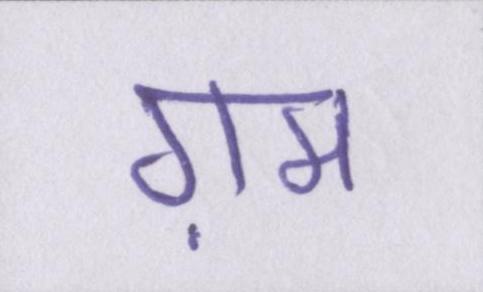
ग़म